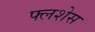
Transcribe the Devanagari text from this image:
फ्लशेस